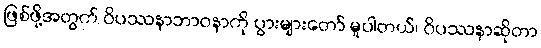
ဖြစ်ဖို့အတွက် ဝိပဿနာဘာဝနာကို ပွားများတော် မူပါတယ်၊ ဝိပဿနာဆိုတာ